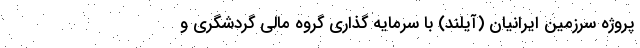
پروژه سرزمین ایرانیان (آیلند) با سرمایه گذاری گروه مالی گردشگری و